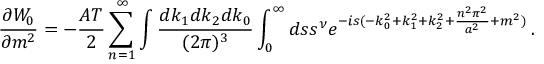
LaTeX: { \frac { \partial W _ { 0 } } { \partial m ^ { 2 } } } = - { \frac { A T } { 2 } } \sum _ { n = 1 } ^ { \infty } \int { \frac { d k _ { 1 } d k _ { 2 } d k _ { 0 } } { ( 2 \pi ) ^ { 3 } } } \int _ { 0 } ^ { \infty } d s s ^ { \nu } e ^ { - i s ( - k _ { 0 } ^ { 2 } + k _ { 1 } ^ { 2 } + k _ { 2 } ^ { 2 } + { \frac { n ^ { 2 } \pi ^ { 2 } } { a ^ { 2 } } } + m ^ { 2 } ) } \, .